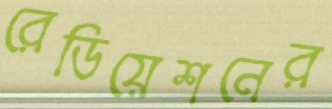
রেডিয়েশনের